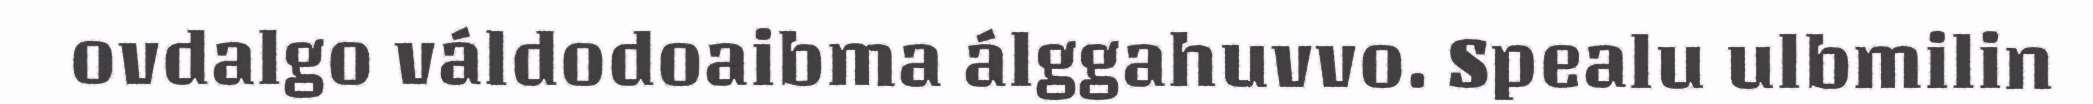
ovdalgo váldodoaibma álggahuvvo. Spealu ulbmilin